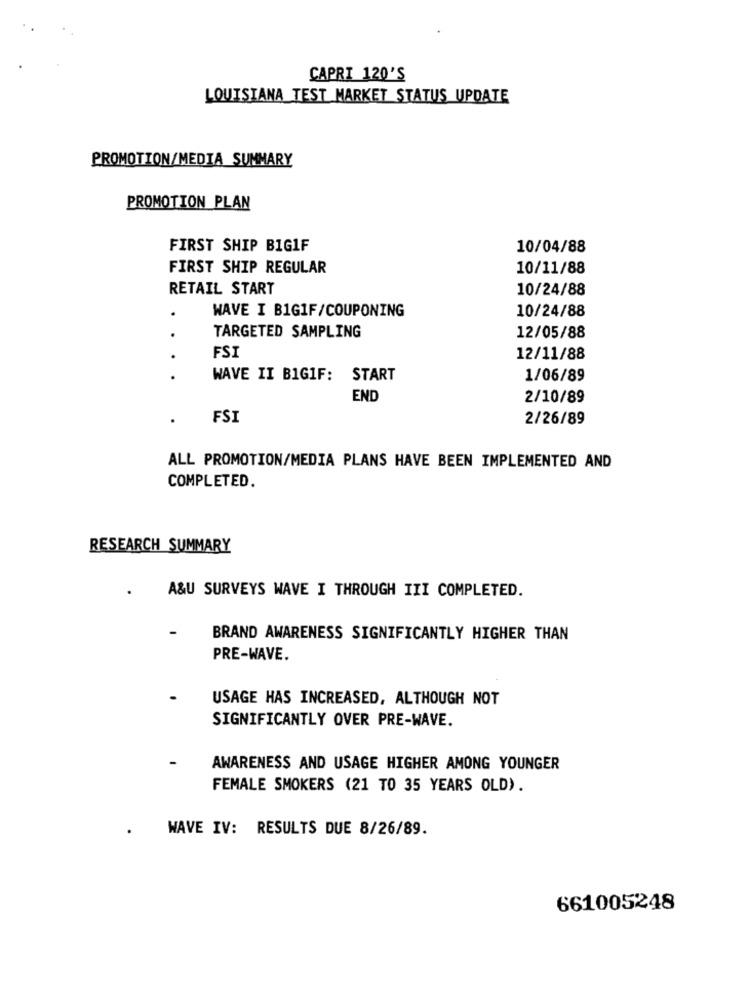
CAPRI 120'S
LOUISIANA TEST MARKET STATUS UPDATE
PROMOTION/MEDIA SUMMARY
PROMOTION PLAN
FIRST SHIP BIGIF
10/04/88
FIRST SHIP REGULAR
10/11/88
RETAIL START
10/24/88
.
WAVE I B1G1F/COUPONING
10/24/88
TARGETED SAMPLING
12/05/88
FSI
12/11/88
..
WAVE II BIGIF: START
1/06/89
END
2/10/89
.
FSI
2/26/89
ALL PROMOTION/MEDIA PLANS HAVE BEEN IMPLEMENTED AND
COMPLETED.
RESEARCH SUMMARY
A&U SURVEYS WAVE I THROUGH III COMPLETED.
BRAND AWARENESS SIGNIFICANTLY HIGHER THAN
PRE-WAVE.
USAGE HAS INCREASED, ALTHOUGH NOT
SIGNIFICANTLY OVER PRE-WAVE.
AWARENESS AND USAGE HIGHER AMONG YOUNGER
FEMALE SMOKERS (21 TO 35 YEARS OLD).
WAVE IV: RESULTS DUE 8/26/89.
661005248